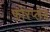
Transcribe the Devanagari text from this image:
फोरप्लेन